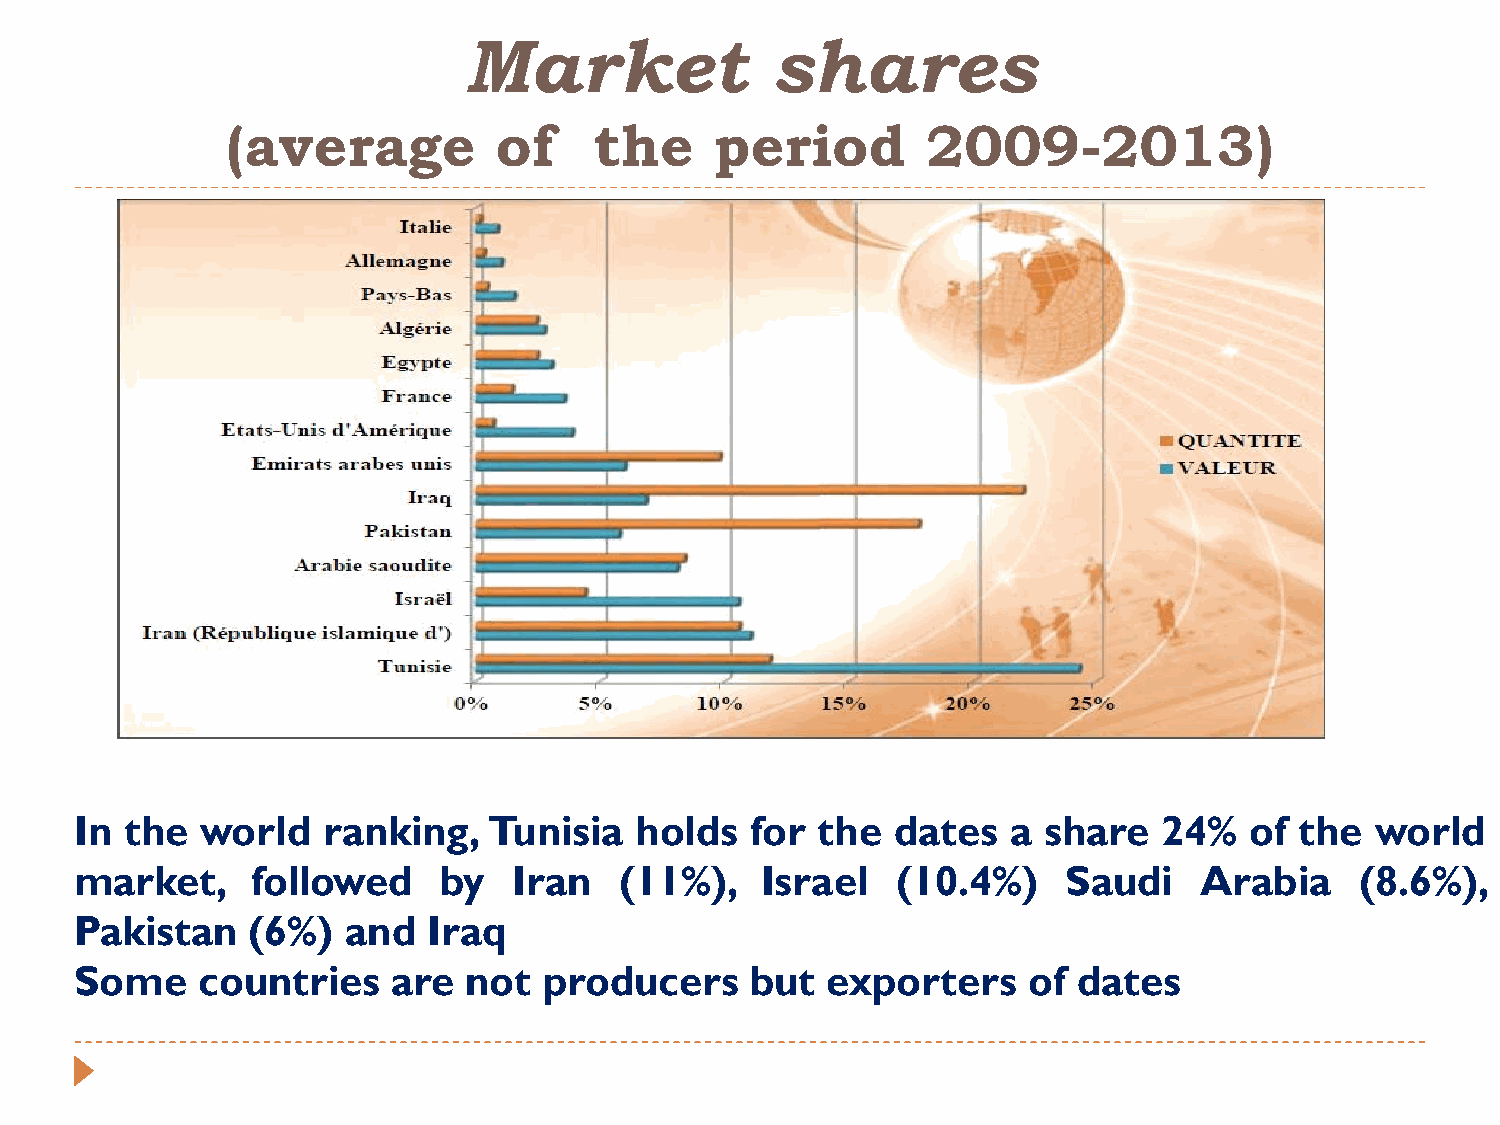
Market              shares
 (average          of    the     period        2009-2013)
 In the  world   ranking,   Tunisia   holds   for the  dates   a share   24%   of the  world
 market,     followed    by   Iran   (11%),   Israel   (10.4%)     Saudi   Arabia     (8.6%),
 Pakistan   (6%)   and  Iraq
 Some    countries    are  not  producers     but  exporters    of dates